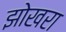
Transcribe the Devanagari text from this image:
झोखरा